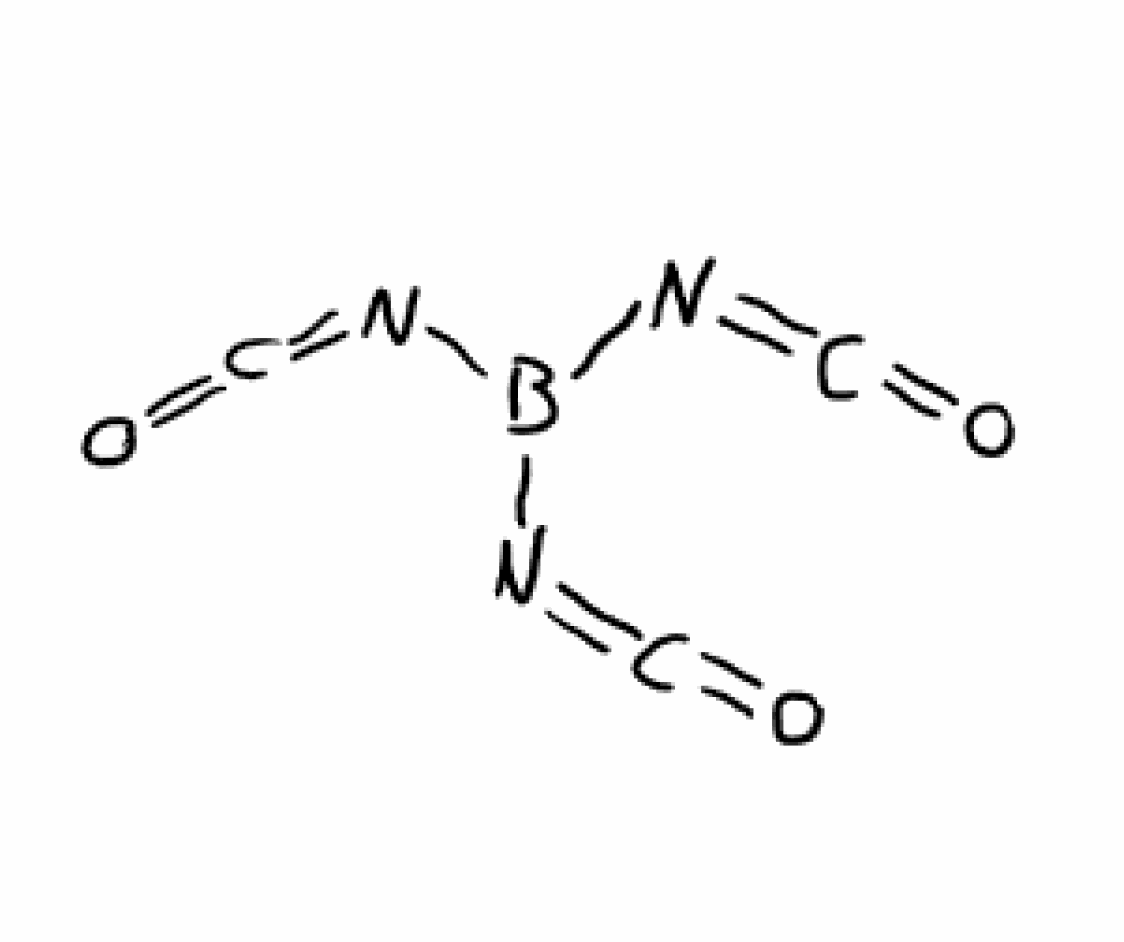
Simplified molecular-input line-entry system (SMILES) notation of the given molecule:
B(N=C=O)(N=C=O)N=C=O